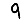
Digit: 9